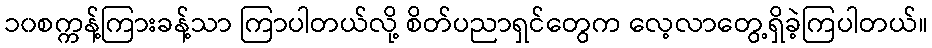
၁၀စက္ကန့်ကြားခန့်သာ ကြာပါတယ်လို့ စိတ်ပညာရှင်တွေက လေ့လာတွေ့ရှိခဲ့ကြပါတယ်။